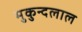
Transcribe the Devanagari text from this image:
मुकुन्दलाल